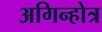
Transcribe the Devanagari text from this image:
अगिन्होत्र